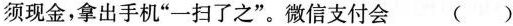
须现金，拿出手机”一扫了之”。微信支付会( )